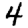
Digit: 4